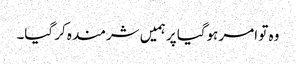
وہ تو امر ہوگیا پر ہمیں شرمندہ کر گیا۔